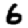
Digit: 6